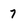
Character: 7